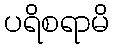
ပရိစရာမိ